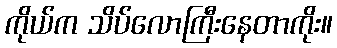
ကိုယ်က သိပ်လောကြီးနေတာကိုး။